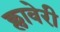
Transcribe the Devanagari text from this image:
क्लावेरी